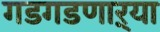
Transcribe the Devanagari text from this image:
गडगडणाऱ्या